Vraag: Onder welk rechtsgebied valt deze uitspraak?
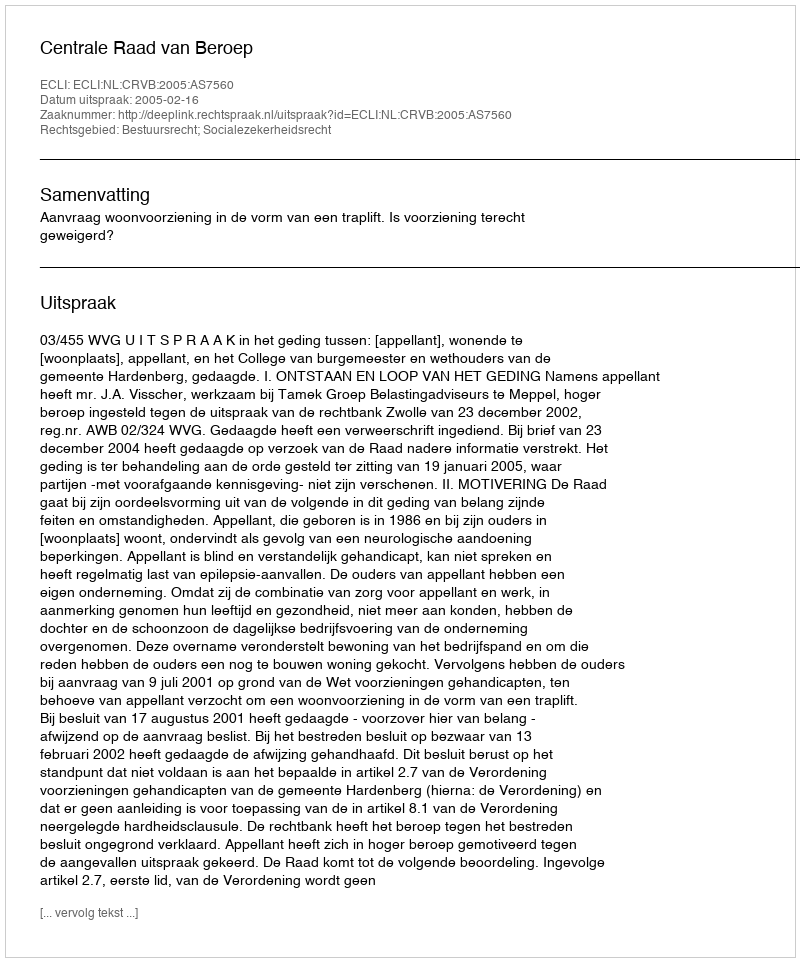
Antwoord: Bestuursrecht; Socialezekerheidsrecht